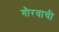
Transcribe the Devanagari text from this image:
गौरवाची